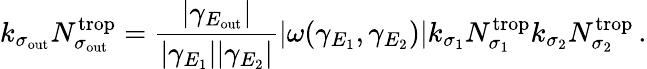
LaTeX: k_{\sigma_{\mathrm{out}}}N_{\sigma_{\mathrm{out}}}^{\mathrm{trop}}=\frac{|\gamma_{E_{\mathrm{out}}}|}{|\gamma_{E_{1}}||\gamma_{E_{2}}|}|\omega(\gamma_{E_{1}},\gamma_{E_{2}})|k_{\sigma_{1}}N_{\sigma_{1}}^{\mathrm{trop}}k_{\sigma_{2}}N_{\sigma_{2}}^{\mathrm{trop}}\, .